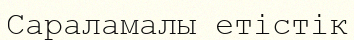
Сараламалы етістік